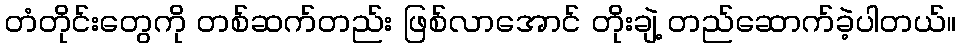
တံတိုင်းတွေကို တစ်ဆက်တည်း ဖြစ်လာအောင် တိုးချဲ့ တည်ဆောက်ခဲ့ပါတယ်။